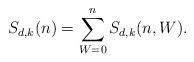
LaTeX: \begin{align*} S_{d,k}(n) = \sum_{W=0}^n S_{d,k}(n, W) .\end{align*}